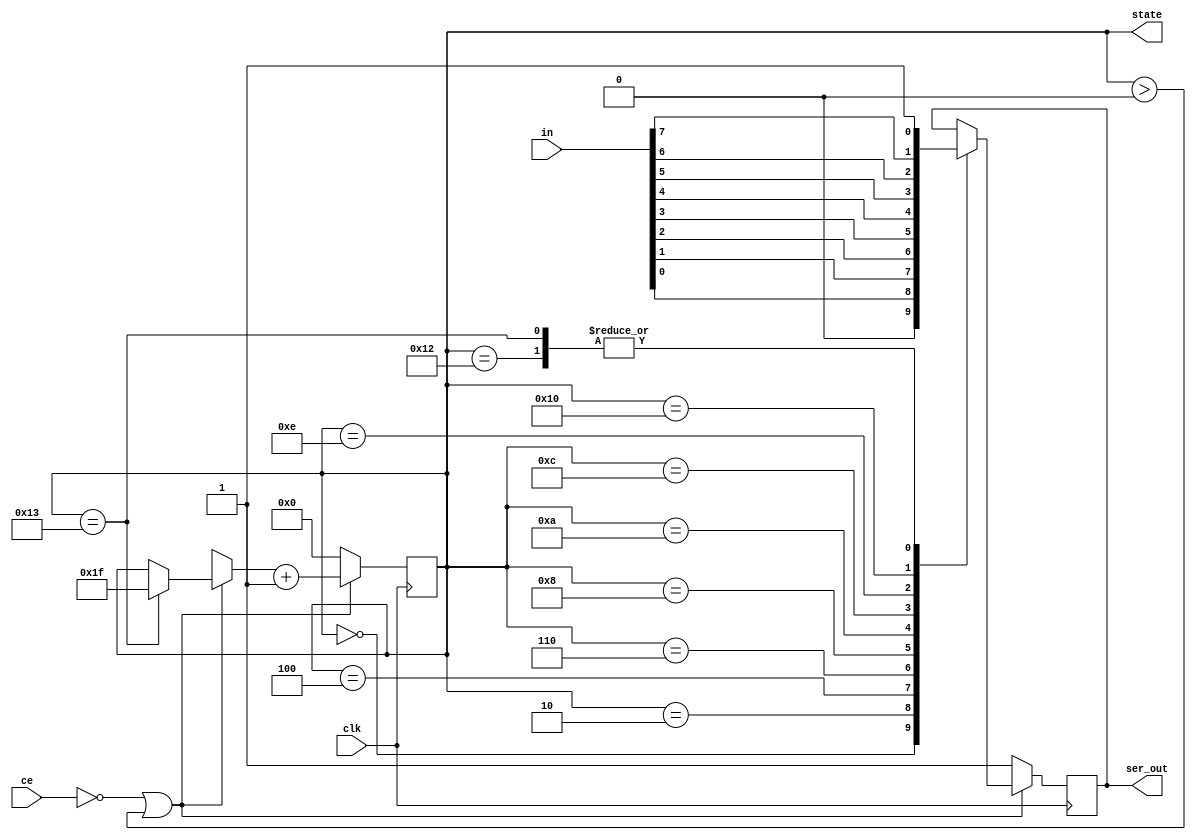
module transmitter(clk, ce, in, ser_out, state);

	input clk;	//clock
	input ce;	//Chip enable
	input [7:0] in;	//inputs 2-9

	output reg ser_out = 1;		//serial out
	output reg[4:0] state = 0; 	
	

	parameter 	start = 5'b00000,	//Start bit
			lsb = 5'b00010,		//Least significant bit
			b1 = 5'b00100,		//Data bit
			b2 = 5'b00110,		//Data bit
			b3 = 5'b01000,		//Data bit
			b4 = 5'b01010,		//Data bit
			b5 = 5'b01100,		//Data bit
			b6 = 5'b01110,		//Data bit
			msb = 5'b10000,		//Most significant bit
			stop = 5'b10010,	//Stop bit
			stop2 = 5'b10011;	//Second stop

	always @(posedge clk)		//always at clocks rising edge
	begin
		if (!ce || (state > 0)) begin		 //read inputs and start continuous transmitting
			case (state)
				start: begin
					ser_out = 0;	 //set serial out to 0
				end
				lsb: begin
					ser_out = in[0]; //set LSB
				end
				b1: begin
					ser_out = in[1]; //set 1 data bit
				end
				b2: begin
					ser_out = in[2]; //set first data bit
				end
				b3: begin
					ser_out = in[3]; //set first data bit
				end
				b4: begin
					ser_out = in[4]; //set first data bit
				end
				b5: begin
					ser_out = in[5]; //set first data bit
				end
				b6: begin
					ser_out = in[6]; //set first data bit
				end
				msb: begin
					ser_out = in[7]; //set first data bit
				end
				stop: begin
					ser_out = 1; 	 //set serial out to 1
				end
				stop2: begin 
					ser_out = 1;
					state = 5'b11111; //set state to max
				end

			endcase
			state = state + 1;	//increase state
		end
		else begin 
			ser_out = 1;
			state = 0;		//state to 0
		end
	end
endmodule